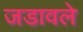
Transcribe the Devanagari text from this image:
जडावले